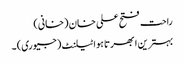
راحت فتح علی خان (خانی)
بہترین ابھرتا ہوا ٹیلنٹ (جیوری) ۔